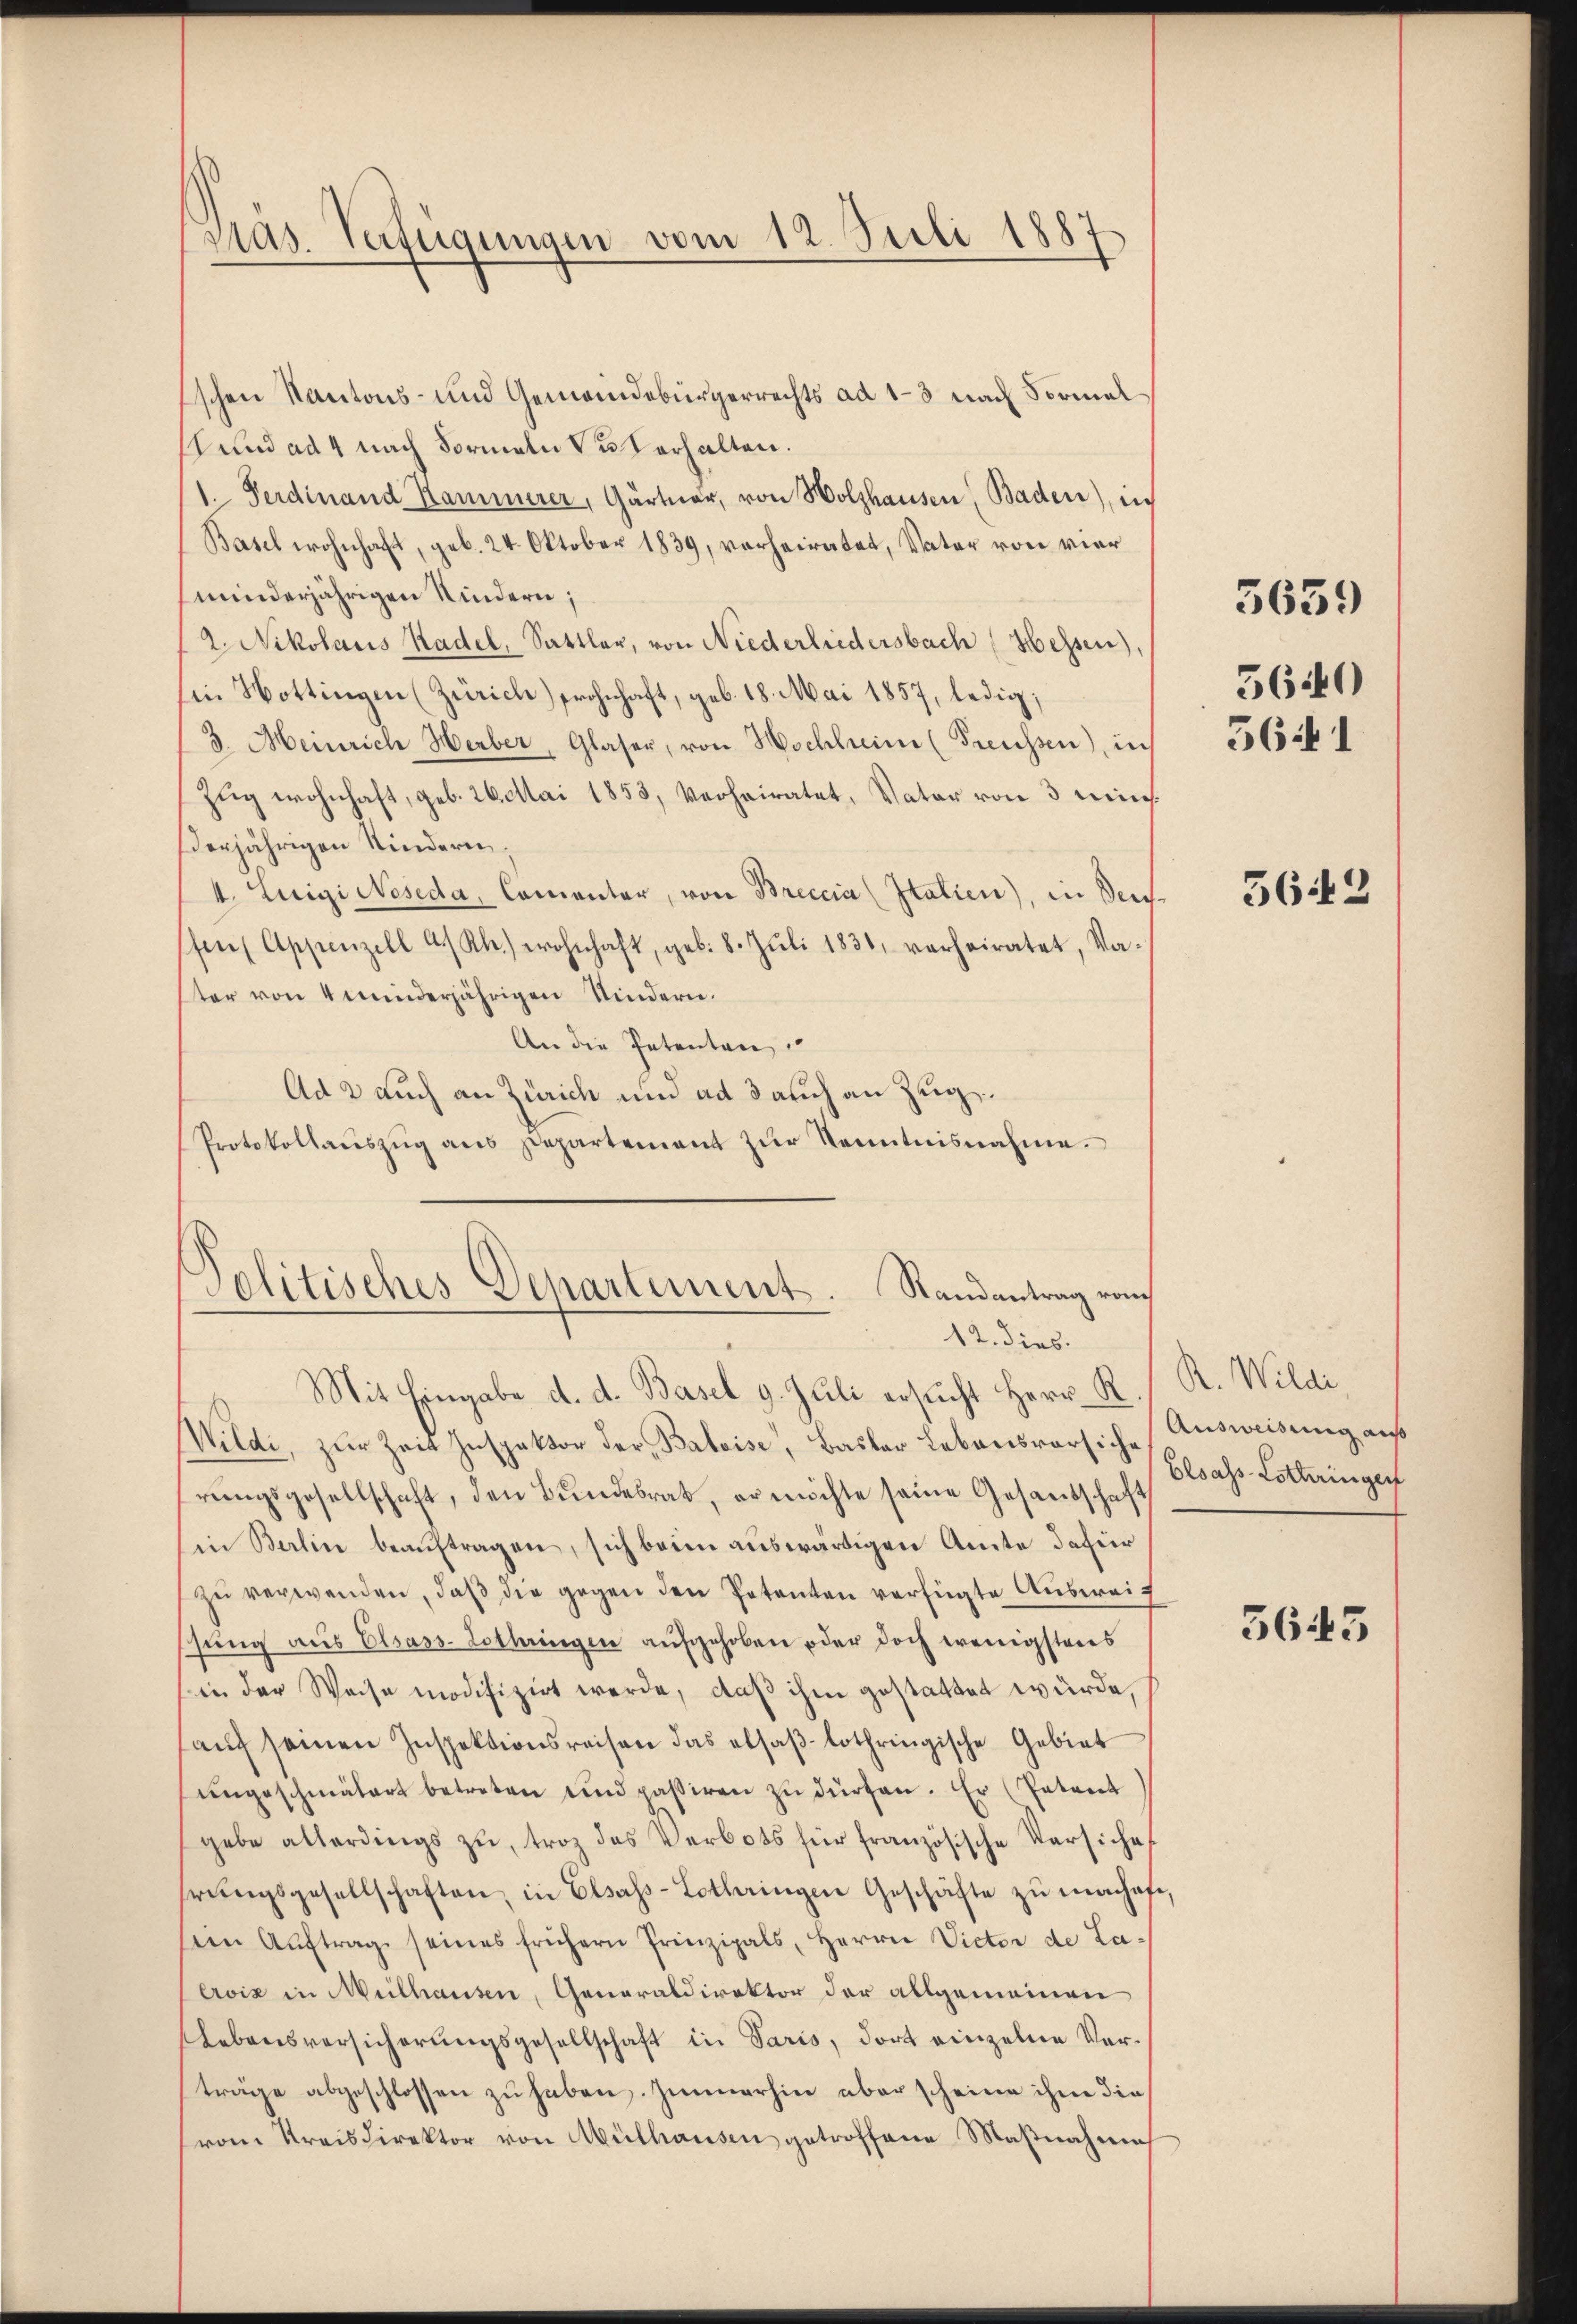
Pras. Verfügungen vom 12. Juli 1887

Eschen Kantons- und Gemeindebürgerrechts ad 1–3 nach Vormal
A und ad 4 nach Formeln u erhalten.
1. Ferdinand Kammerer, Gärtner, von Holzhausen, Baden), in
Basel wohnhaft, geb. 24. Oktober 1839, verheiratet, Vater von vier
minderjährigen Kindern;
2. Nikolaus Radel, Sattler, von Niederliedersbach (Hessen),
in Hottingen (Zürich) Frohnhaft, geb. 18. Mai 1857, ledig;
3. Meinrich Herber, Glaser, von Hochheim (Preussen), in
Zug wohnhaft, geb. 26. Mai 1853, verheiratet, Vater von 3 min
erjährigen Kindern.
4. Luigi Neseda, Comentar, von Breccia (Italien), in den-
ffen Appenzell A/Rh. wohnhaft, geb. 8. Jŭli 1831, verheiratet, Va-
ster von 4 minderjährigen Kindern.
An die Petenten,
Ad 2 auch an Zürich und ad 3 auch an Zug.
Protokollaŭszŭg ans Departement zŭr Kenntnisnahme.

Politisches Departement. Randantrag vor
12. dies.

Mit Eingabe d. d. Basel 9. Juli ersucht Herr K. R. Wildi
Wildi, zur Zeit Inspektor der Batoise, Basler Lebensversich
rungsgesellschaft, den Bundesrat, er möchte seine Gesandschaft
in Baline beauftragen, sich beim auswärtigen Amte dafür
zŭ verwenden, daβ die gegen den Petenten verfügte Ausweischung aus Elsass-Lothringen aufgehoben oder doch wenigstens
sin der Weise modifizirt werde, daß ihm gestattet würde,
aŭf seinen Inspektionsreisen das elsaβ-lothringische Gebiet
ŭngeschmälert betreten und passiren zŭ dürfen. Er (Patent
gebe allerdings zu, troz des Verbots für französische Versiche
rŭngsgesellschaften, in Elsass-Lothringen Geschäfte zŭ machofe
Im Aŭftrag seines frühern Prinzipals, Herrn Victor de Laerois in Mülhausen, Generaldirektor der allgemeinen
slebensversicherŭngsgesellschaft in Paris, dort einzelne Verträge abgeschlossen zu haben. Immerhin aber scheine ihm dies
vom Kreisdirektor von Mülhausen getroffene Maßnahme

5640

5659

5641

5642

Ausweisung auß
Elsass-Lothringer

5643